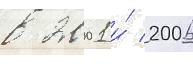
в 2001 и́ 2006